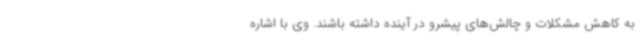
به کاهش مشکلات و چالش‌های پیشرو در آینده داشته باشند. وی با اشاره